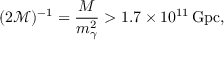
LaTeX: ( 2 \mathcal { M } ) ^ { - 1 } = \frac { M } { m _ { \gamma } ^ { 2 } } > 1 . 7 \times 1 0 ^ { 1 1 } \, \mathrm { G p c } ,